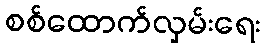
စစ်ထောက်လှမ်းရေး